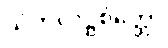
သံကိလိဋ္ဌစိတ္တော